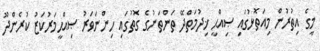
މީގެ އިތުރުން މިއަތޮޅުގައި ޞިއްޙީ ޚިދުމަތްދޭ ތަންތަނުގެ ގޮތުގައި ހިންނަވަރު ޞިއްޙީމަރުކަޒު ކުރެންދޫ